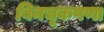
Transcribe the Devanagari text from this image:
बिनचूकपणा